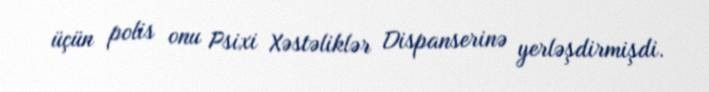
üçün polis onu Psixi Xəstəliklər Dispanserinə yerləşdirmişdi.